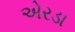
એરડા